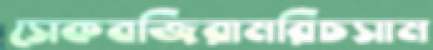
সেকবজিরামরিচসাম